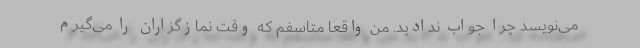
می‌نویسد چرا جواب ندادید. من واقعا متاسفم که وقت نمازگزاران را می‌گیرم